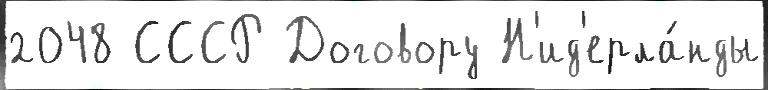
2048 СССР Договору Н'ид'ерла́нды